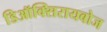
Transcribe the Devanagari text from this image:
डिऑक्सिरायबोज